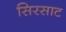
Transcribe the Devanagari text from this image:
सिरसाट